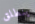
ينطلق